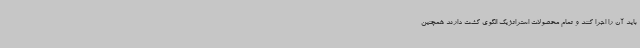
باید آن را اجرا کنند و تمام محصولات استراتژیک الگوی کشت دارند همچنین